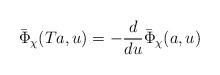
LaTeX: \begin{align*} \bar \Phi_{\chi}(T a, u)=-\frac{d}{du}\bar \Phi_{\chi}(a,u)\end{align*}